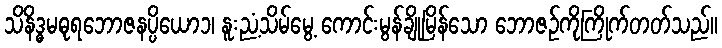
သိနိဒ္ဓမဓုရဘောဇနပ္ပိယော၁၊ နူးညံ့သိမ်မွေ့ ကောင်းမွန်ချိုမြိန်သော ဘောဇဉ်ကိုကြိုက်တတ်သည်။